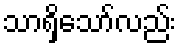
သာရှိသော်လည်း